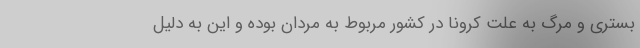
بستری و مرگ به علت کرونا در کشور مربوط به مردان بوده و این به دلیل